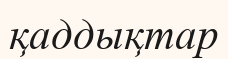
қаддықтар